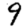
Digit: 9